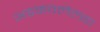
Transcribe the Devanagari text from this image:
अडकवलेल्या